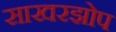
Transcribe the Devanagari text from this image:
साखरझोप